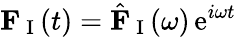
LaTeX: \mathbf{F}_{\mathrm{~I~}}(t)=\hat{\mathbf{F}}_{\mathrm{~I~}}(\omega)\, \mathrm{e}^{i\omega t}